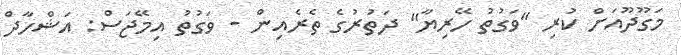
މަގޫދޫއަށް ކުރި "ވަގުތު ހޭރިޔާ" ދަތުރުގެ ތެރެއިން - ވަގުތު އިމޭޖަސް: އަޝްހާދް